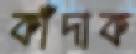
কাঁদাক